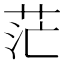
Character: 茫